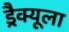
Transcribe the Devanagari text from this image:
ड्रैक्यूला